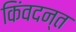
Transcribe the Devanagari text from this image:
किंवदन्त